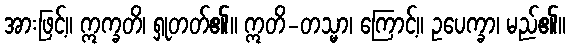
အားဖြင့်။ ဣက္ခတိ၊ ရှုတတ်၏။ ဣတိ-တသ္မာ၊ ကြောင့်။ ဥပေက္ခာ၊ မည်၏။